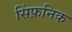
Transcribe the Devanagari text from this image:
सिंफ़निक